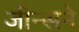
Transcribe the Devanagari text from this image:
जीन्सने